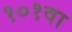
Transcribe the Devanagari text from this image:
१०१वा